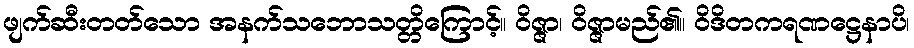
ဖျက်ဆီးတတ်သော အနက်သဘောသတ္တိကြောင့်။ ဝိဇ္ဇာ၊ ဝိဇ္ဇာမည်၏။ ဝိဒိတကရဏဋ္ဌေနာပိ၊